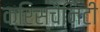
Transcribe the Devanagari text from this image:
क्रिस्चैनिटी